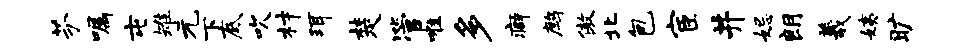
芬嘱屯雉元下底吹材珥楚管唯多癖鹧傲北包宦井妃朗羲姨旷